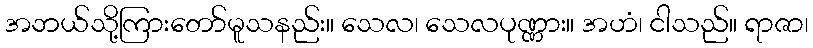
အဘယ်သို့ကြားတော်မူသနည်း။ သေလ၊ သေလပုဏ္ဏား။ အဟံ၊ ငါသည်။ ရာဇာ၊